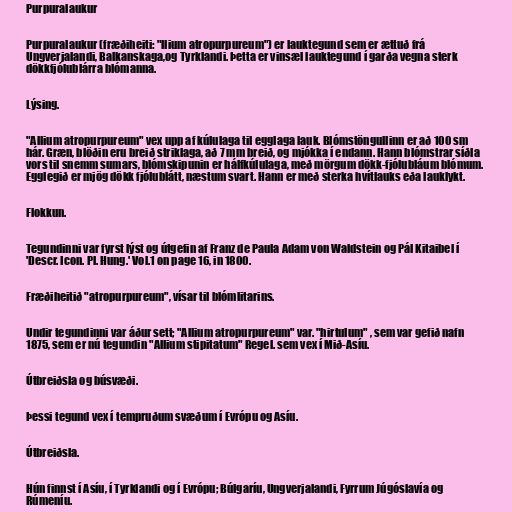
Purpuralaukur

Purpuralaukur (fræðiheiti: "llium atropurpureum") er lauktegund sem er ættuð frá
Ungverjalandi, Balkanskaga,og Tyrklandi. Þetta er vinsæl lauktegund í garða vegna sterk
dökkfjólublárra blómanna.

Lýsing.

"Allium atropurpureum" vex upp af kúlulaga til egglaga lauk. Blómstöngullinn er að 100 sm
hár. Græn, blöðin eru breið striklaga, að 7 mm breið, og mjókka í endann. Hann blómstrar síðla
vors til snemm sumars, blómskipunin er hálfkúlulaga, með mörgum dökk-fjólubláum blómum.
Egglegið er mjög dökk fjólublátt, næstum svart. Hann er með sterka hvítlauks eða lauklykt.

Flokkun.

Tegundinni var fyrst lýst og útgefin af Franz de Paula Adam von Waldstein og Pál Kitaibel í
'Descr. Icon. Pl. Hung.' Vol.1 on page 16, in 1800.

Fræðiheitið "atropurpureum", vísar til blómlitarins.

Undir tegundinni var áður sett; "Allium atropurpureum" var. "hirtulum" , sem var gefið nafn
1875, sem er nú tegundin "Allium stipitatum" Regel. sem vex í Mið-Asíu.

Útbreiðsla og búsvæði.

Þessi tegund vex í tempruðum svæðum í Evrópu og Asíu.

Útbreiðsla.

Hún finnst í Asíu, í Tyrklandi og í Evrópu; Búlgaríu, Ungverjalandi, Fyrrum Júgóslavía og
Rúmeníu.